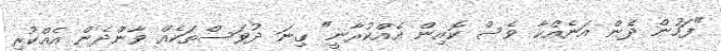
"ފަހުން ދެން އަނެއްކާ ވެސް ކޮއިން އެއްކުރާނީ" ގިނަ ދުވަސްތަކެއް ވާންދެން އެއްކުރި